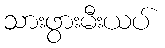
သားဖွားမီးယပ်